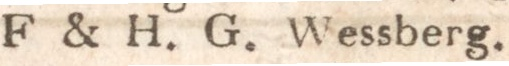
F & H. G. Wessberg.